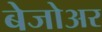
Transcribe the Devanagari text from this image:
बेजोअर